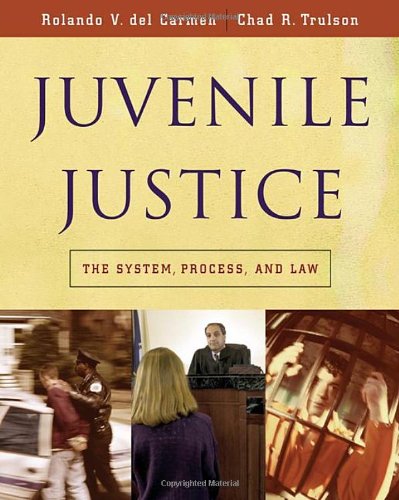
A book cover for Juvenile Justice: The System, Process and Law (Available Titles CengageNOW); Rolando V. del Carmen; Law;